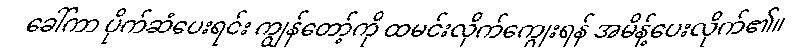
ခေါ်ကာ ပိုက်ဆံပေးရင်း ကျွန်တော့်ကို ထမင်းလိုက်ကျွေးရန် အမိန့်ပေးလိုက်၏။